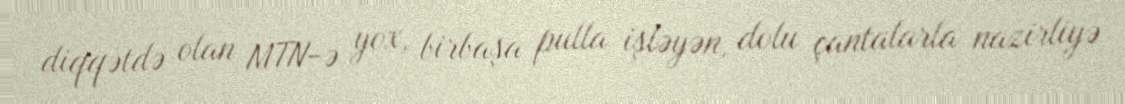
diqqətdə olan MTN-ə yox, birbaşa pulla işləyən, dolu çantalarla nazirliyə